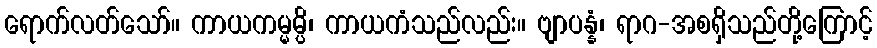
ရောက်လတ်သော်။ ကာယကမ္မမ္ပိ၊ ကာယကံသည်လည်း။ ဗျာပန္နံ၊ ရာဂ-အစရှိသည်တို့ကြောင့်